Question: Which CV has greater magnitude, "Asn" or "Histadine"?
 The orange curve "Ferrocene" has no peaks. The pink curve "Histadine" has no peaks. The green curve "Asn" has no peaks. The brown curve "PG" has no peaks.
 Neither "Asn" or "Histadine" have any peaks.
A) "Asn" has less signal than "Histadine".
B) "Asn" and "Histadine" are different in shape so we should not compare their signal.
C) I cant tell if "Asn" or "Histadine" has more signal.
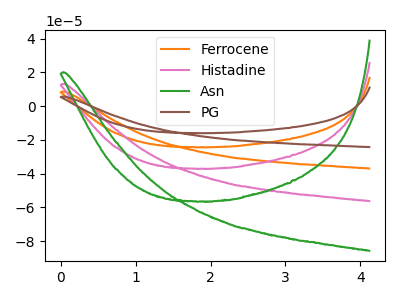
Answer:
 <answer>C) I cant tell if "Asn" or "Histadine" has more signal.</answer>
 <eval>C</eval>